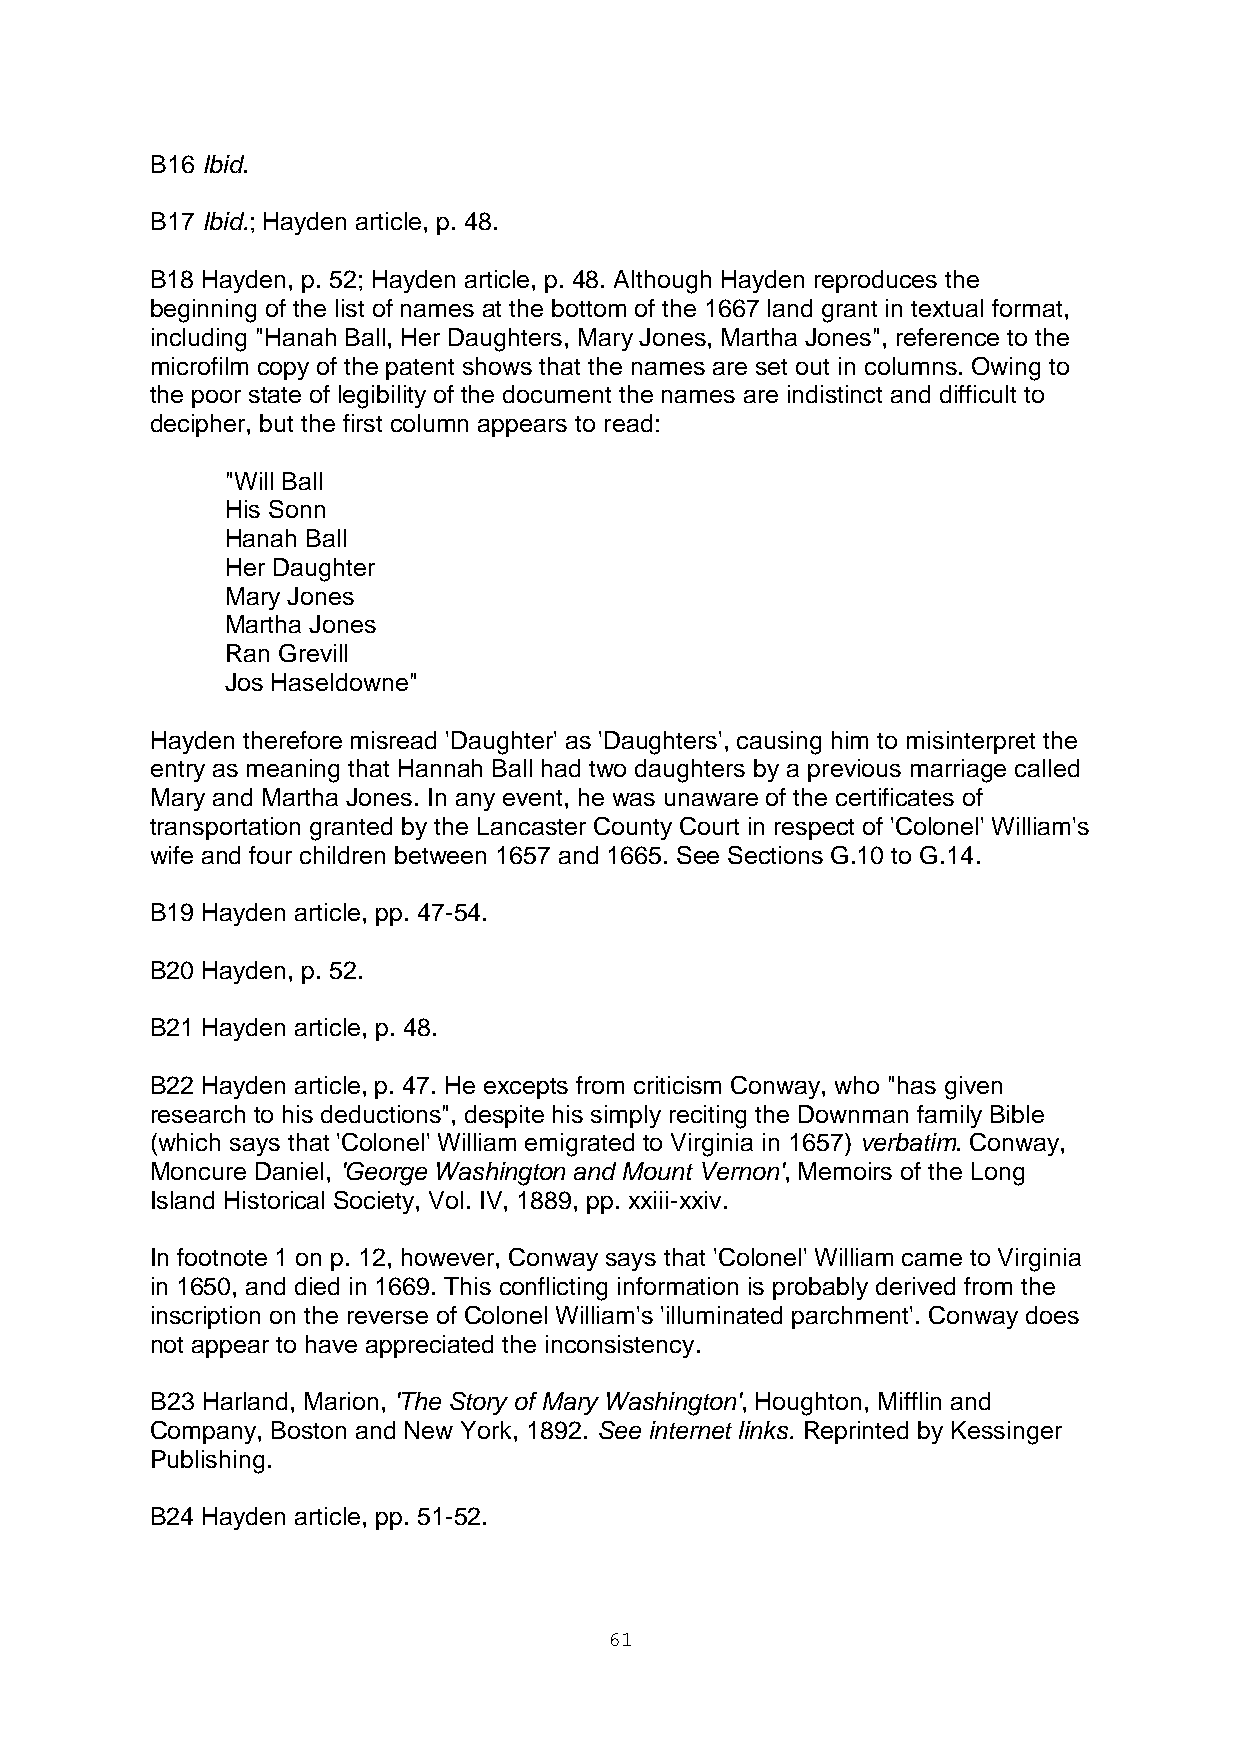
B16 Ibid.
 B17 Ibid.; Hayden article, p. 48.
 B18 Hayden, p. 52; Hayden article, p. 48. Although Hayden reproduces the
 beginning of the list of names at the bottom of the 1667 land grant in textual format,
 including "Hanah Ball, Her Daughters, Mary Jones, Martha Jones", reference to the
 microfilm copy of the patent shows that the names are set out in columns. Owing to
 the poor state of legibility of the document the names are indistinct and difficult to
 decipher, but the first column appears to read:
 "Will Ball
 His Sonn
 Hanah Ball
 Her Daughter
 Mary Jones
 Martha Jones
 Ran Grevill
 Jos Haseldowne"
 Hayden therefore misread 'Daughter' as 'Daughters', causing him to misinterpret the
 entry as meaning that Hannah Ball had two daughters by a previous marriage called
 Mary and Martha Jones. In any event, he was unaware of the certificates of
 transportation granted by the Lancaster County Court in respect of 'Colonel' William's
 wife and four children between 1657 and 1665. See Sections G.10 to G.14.
 B19 Hayden article, pp. 47-54.
 B20 Hayden, p. 52.
 B21 Hayden article, p. 48.
 B22 Hayden article, p. 47. He excepts from criticism Conway, who "has given
 research to his deductions", despite his simply reciting the Downman family Bible
 (which says that 'Colonel' William emigrated to Virginia in 1657) verbatim. Conway,
 Moncure Daniel, 'George Washington and Mount Vernon', Memoirs of the Long
 Island Historical Society, Vol. IV, 1889, pp. xxiii-xxiv.
 In footnote 1 on p. 12, however, Conway says that 'Colonel' William came to Virginia
 in 1650, and died in 1669. This conflicting information is probably derived from the
 inscription on the reverse of Colonel William's 'illuminated parchment'. Conway does
 not appear to have appreciated the inconsistency.
 B23 Harland, Marion, 'The Story of Mary Washington', Houghton, Mifflin and
 Company, Boston and New York, 1892. See internet links. Reprinted by Kessinger
 Publishing.
 B24 Hayden article, pp. 51-52.
 61